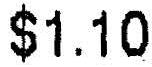
$1.10